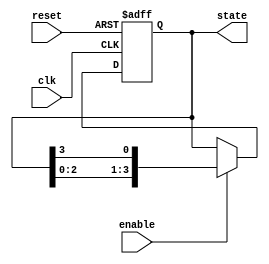
module variable_length_ring_counter #(
    parameter N = 4  // Default length of the ring counter
)(
    input wire clk,          // Clock input
    input wire reset,        // Reset input
    input wire enable,       // Enable input
    output reg [N-1:0] state // Current state output
);

// Initial state
initial begin
    state = {N-1{1'b0}}; // Initialize all bits to 0
    state[0] = 1'b1;     // Set the first bit to 1
end

// State transition logic
always @(posedge clk or posedge reset) begin
    if (reset) begin
        // Reset to initial state
        state <= {N-1{1'b0}};
        state[0] <= 1'b1; // Set the first bit to 1
    end else if (enable) begin
        // Shift the '1' bit to the right and wrap around
        state <= {state[N-2:0], state[N-1]};
    end
end

endmodule